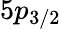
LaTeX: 5p_{3/2}